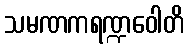
သမဏကရဏ္ဍဝေါတိ